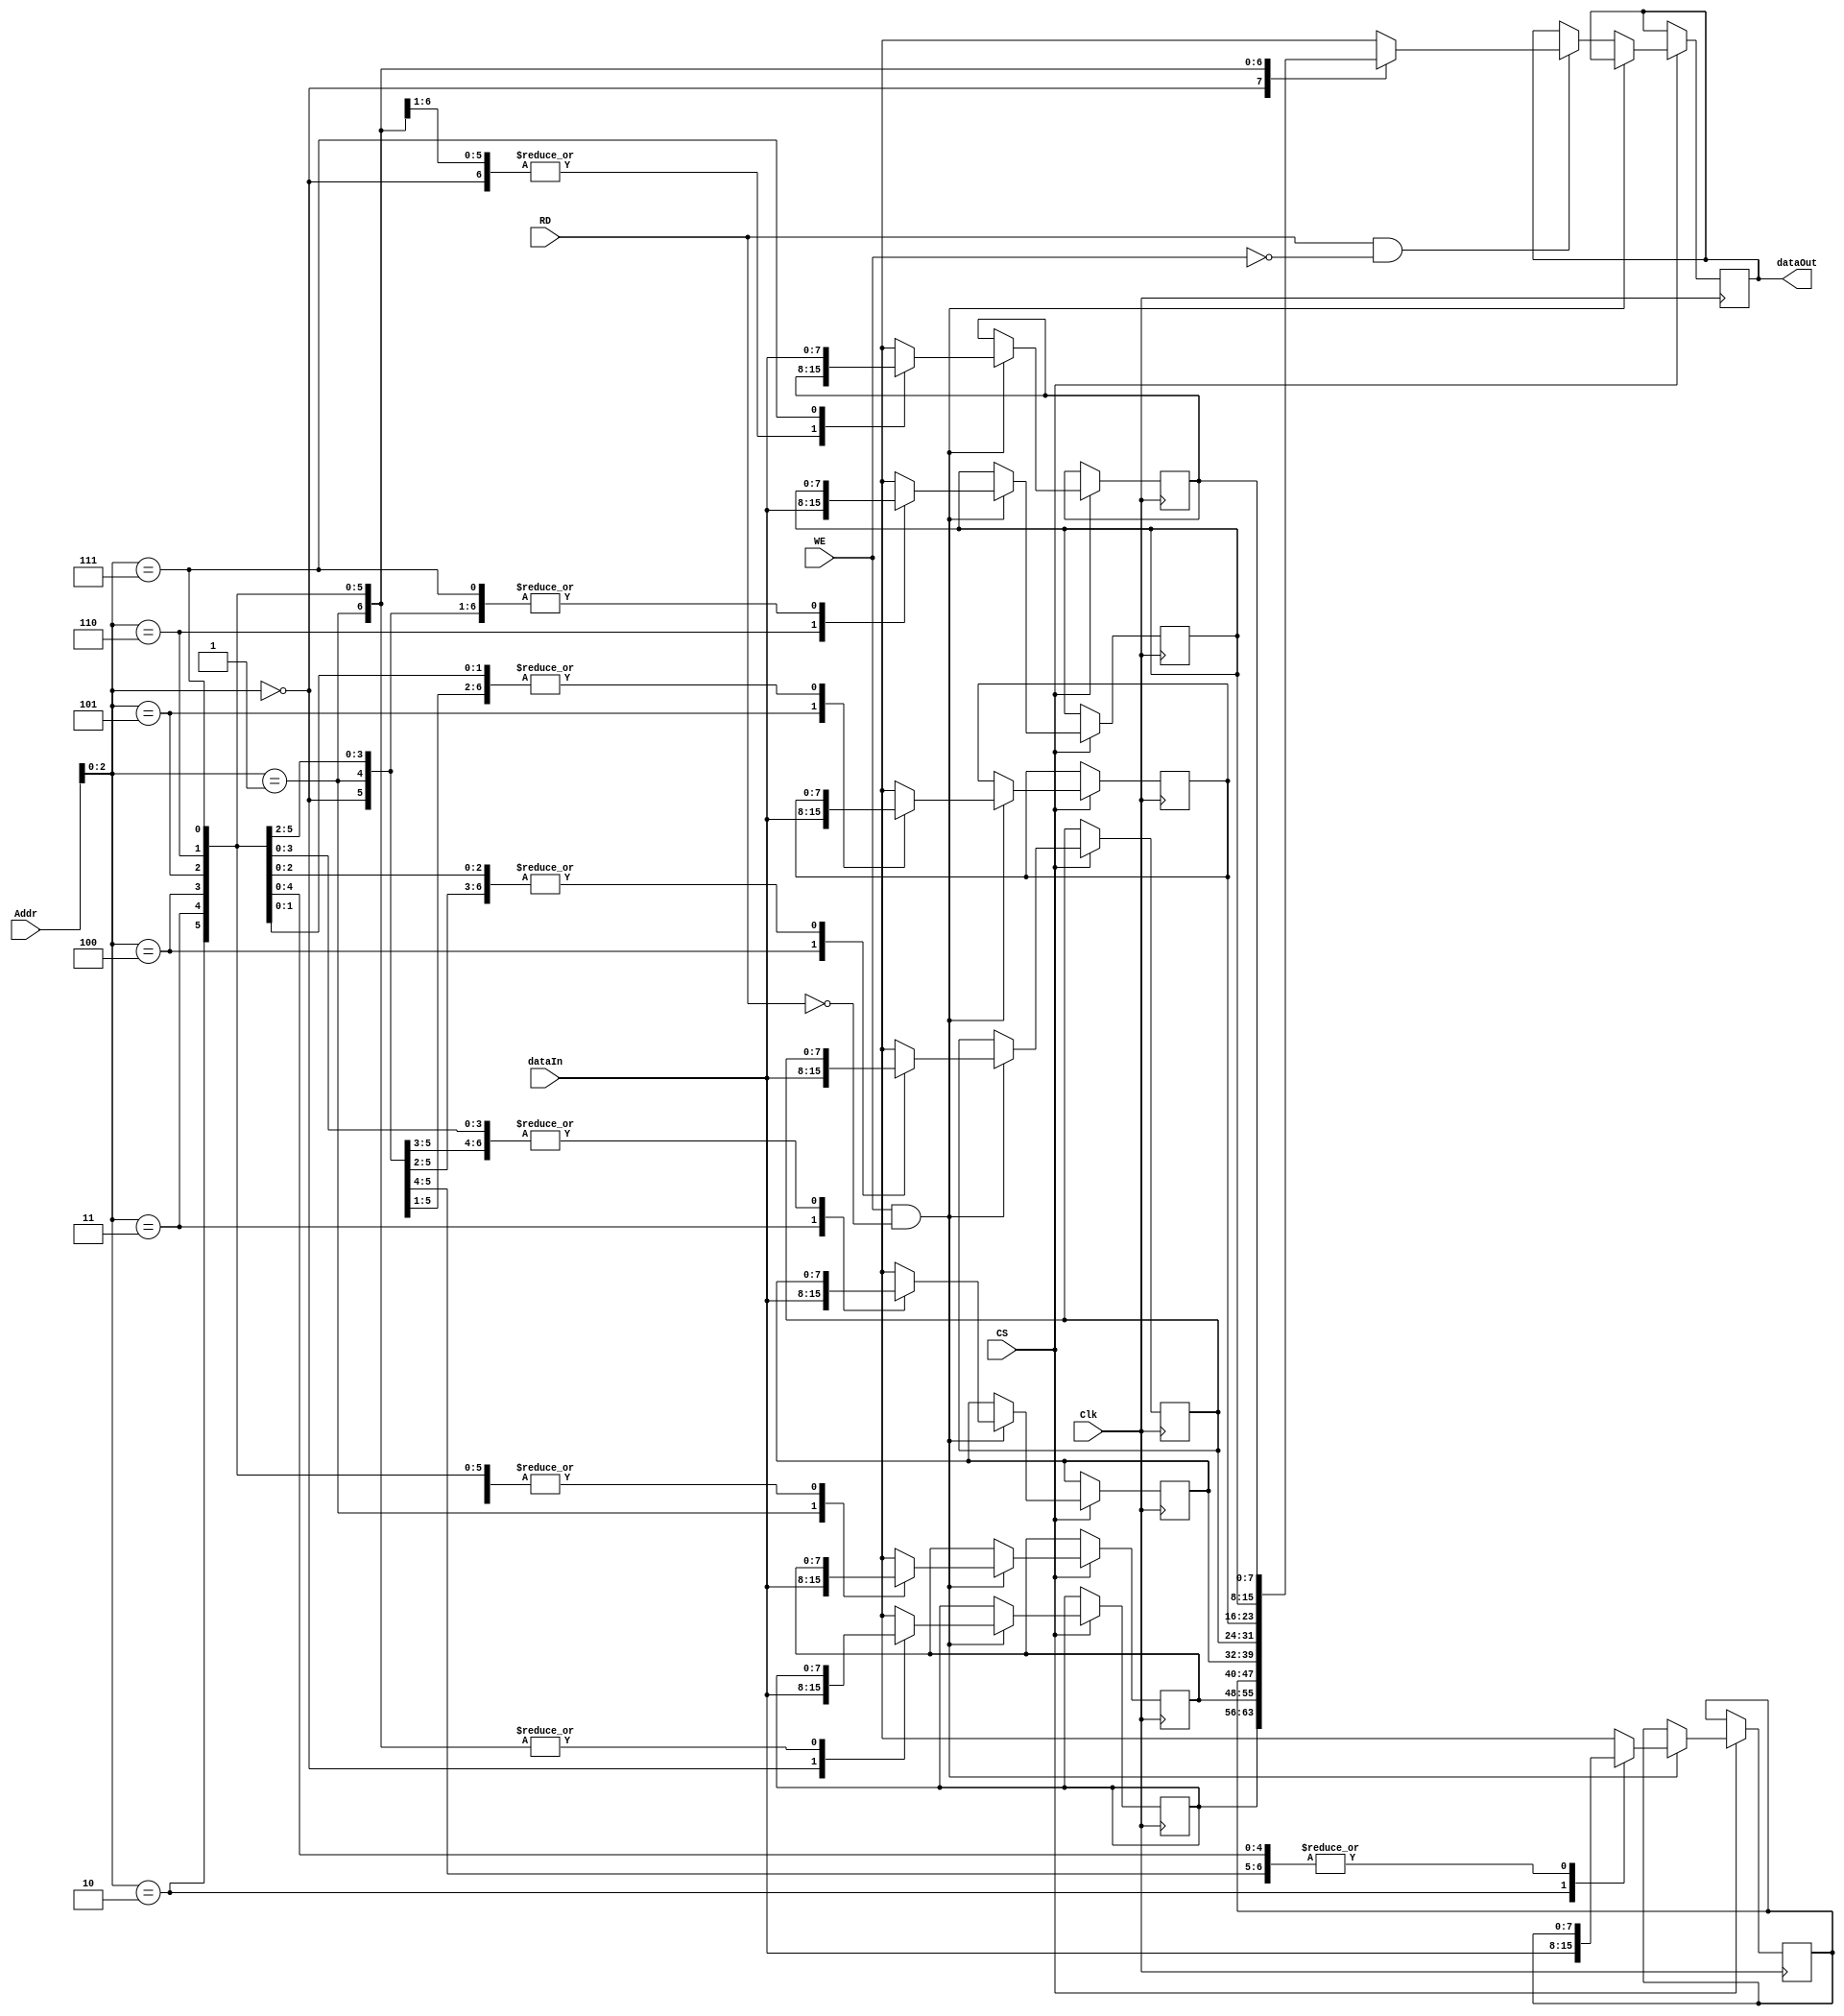
module top( dataIn,

                dataOut,

                Addr,

                CS,

                WE,

                RD,

                Clk

              );



// parameters for the width

parameter ADR   = 8;

parameter DAT   = 8;

parameter DPTH  = 8;


//ports

input   [DAT-1:0]  dataIn;

output reg [DAT-1:0]  dataOut;

input   [ADR-1:0]  Addr;

input CS,

      WE,

      RD,

      Clk;



//internal variables


reg [DAT-1:0] SRAM [DPTH-1:0];


always @ (posedge Clk)

begin

 if (CS == 1'b1) begin

  if (WE == 1'b1 && RD == 1'b0) begin

   SRAM [Addr] = dataIn;

  end

  else if (RD == 1'b1 && WE == 1'b0) begin

   dataOut = SRAM [Addr];

  end

  else;

 end

 else;

end

endmodule